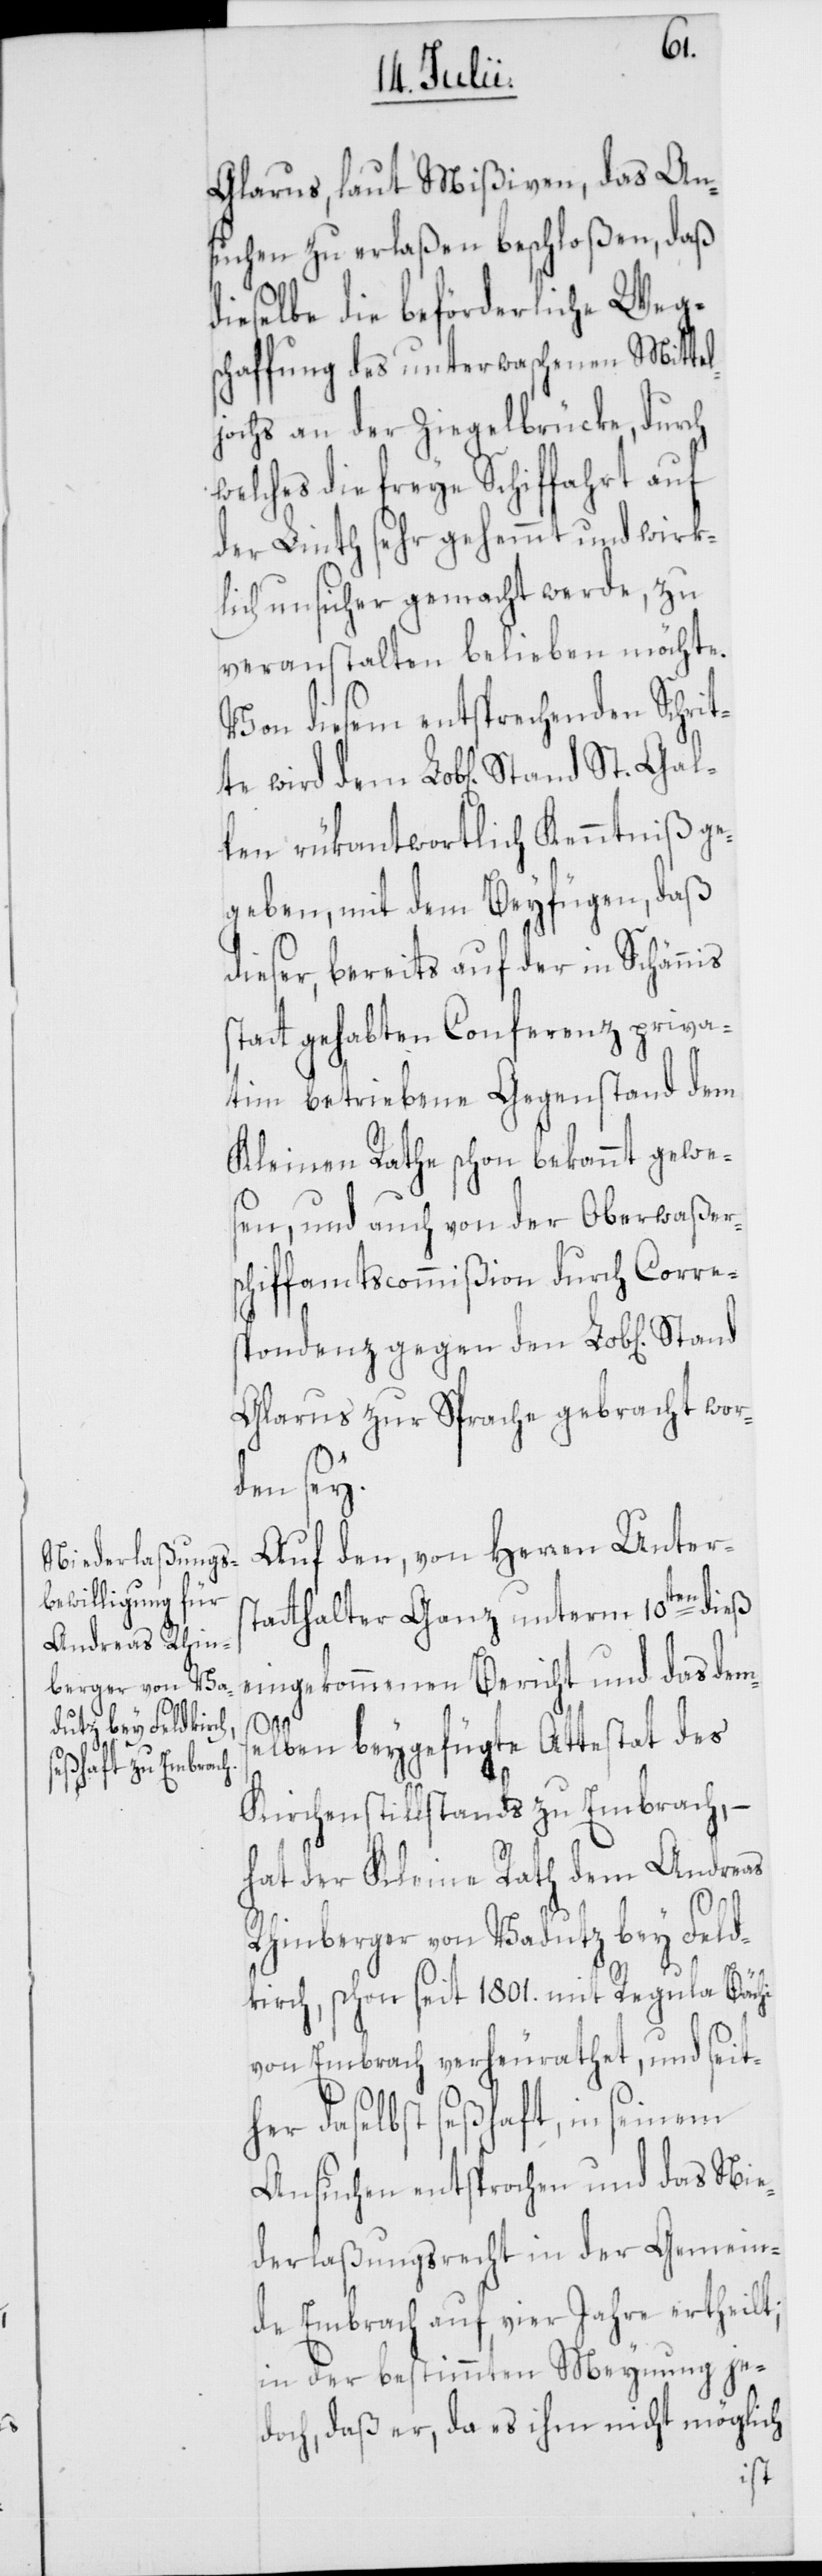
Gal¬
Glarus, laut Mißiven, das An¬
suchen zu erlaßen beschloßen, daß
dieselbe die beförderliche Weg¬
schaffung des unterwaschenen Mittel¬
jochs an der Ziegelbrücke, durch
welches die freye Schiffahrt auf
der Linth sehr gehemmt und wirk¬
lich unsicher gemacht werde, zu
veranstalten belieben möchte.
Von diesem entsprechenden Schrit¬
te wird dem Lob[lichen] Stand
len rükantwortlich Kenntniß ge¬
geben, mit dem Beyfügen, daß
dieser, bereits auf der in Schännis
statt gehabten Conferenz priva¬
tim betriebene Gegenstand dem
Kleinen Rathe schon bekannt gewe¬
sen, und auch von der Oberwaßers¬
chiffamtscommißion durch Corre¬
spondenz gegen den Lob[lichen]
Glarus zur Sprache gebracht wor¬
den sey.
Auf den, von Herren Unters¬
tatthalter Ganz unterm 10ten dieß
eingekommenen Bericht und das dems¬
St.
elben beygefügte Attestat des
Kirchenstillstands zu Embrach,
hat der Kleine Rath dem Andreas
Rhinberger von Vadutz bey Feld¬
kirch, schon seit 1801. mit Regula Bächi
von Embrach verheurathet, und seit¬
her daselbst seßhaft, in seinem
Ansuchen entsprochen und das Nie¬
derlaßungsrecht in der Gemein¬
de Embrach auf vier Jahre ertheilt;
in der bestimmten Meynung je¬
doch, daß er, da es ihm nicht möglich